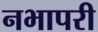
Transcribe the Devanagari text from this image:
नभापरी